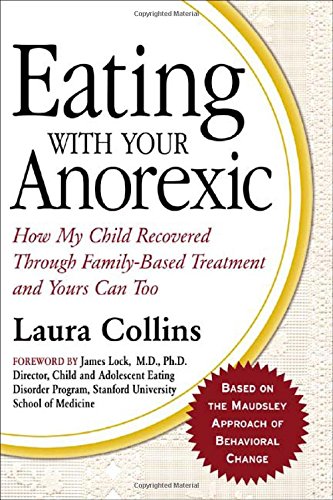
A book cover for Eating with Your Anorexic: How My Child Recovered Through Family-Based Treatment and Yours Can Too; Laura Collins; Health, Fitness & Dieting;